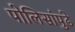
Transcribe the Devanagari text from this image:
पोलिसांपुढे